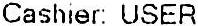
CASHIER: USER